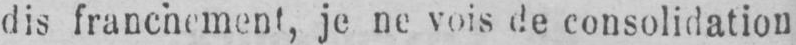
dis franchement, je ne vois de consolidation